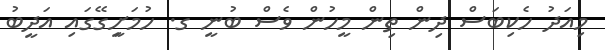
މިއަދު ހެކިބަސް ދިން ތިން މީހުން ވެސް ބުނީ ގ. ހުމަށިީގޭގައި އަދީބު